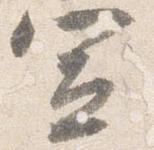
宣